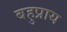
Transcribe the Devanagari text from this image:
बहुप्राय